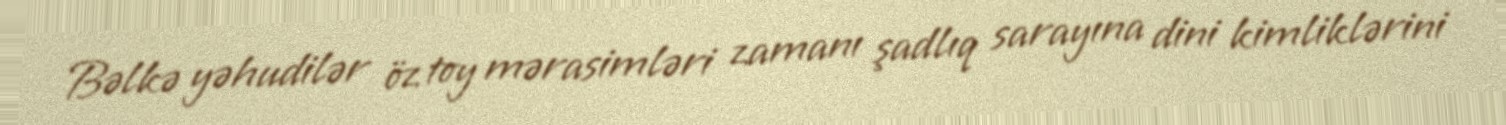
Bəlkə yəhudilər öz toy mərasimləri zamanı şadlıq sarayına dini kimliklərini